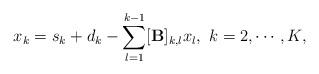
LaTeX: \begin{align*}x_k = s_k + d_k - \sum_{l=1}^{k-1} [\mathbf{B}]_{k,l}x_l, ~ k =2,\cdots, K,\end{align*}